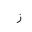
Letter: _zay